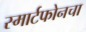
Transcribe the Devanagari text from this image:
स्मार्टफोनचा